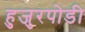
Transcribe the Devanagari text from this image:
हुजुरपोडी